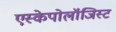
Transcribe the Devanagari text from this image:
एस्केपोलॉजिस्ट